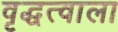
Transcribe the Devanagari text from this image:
वृद्धत्वाला